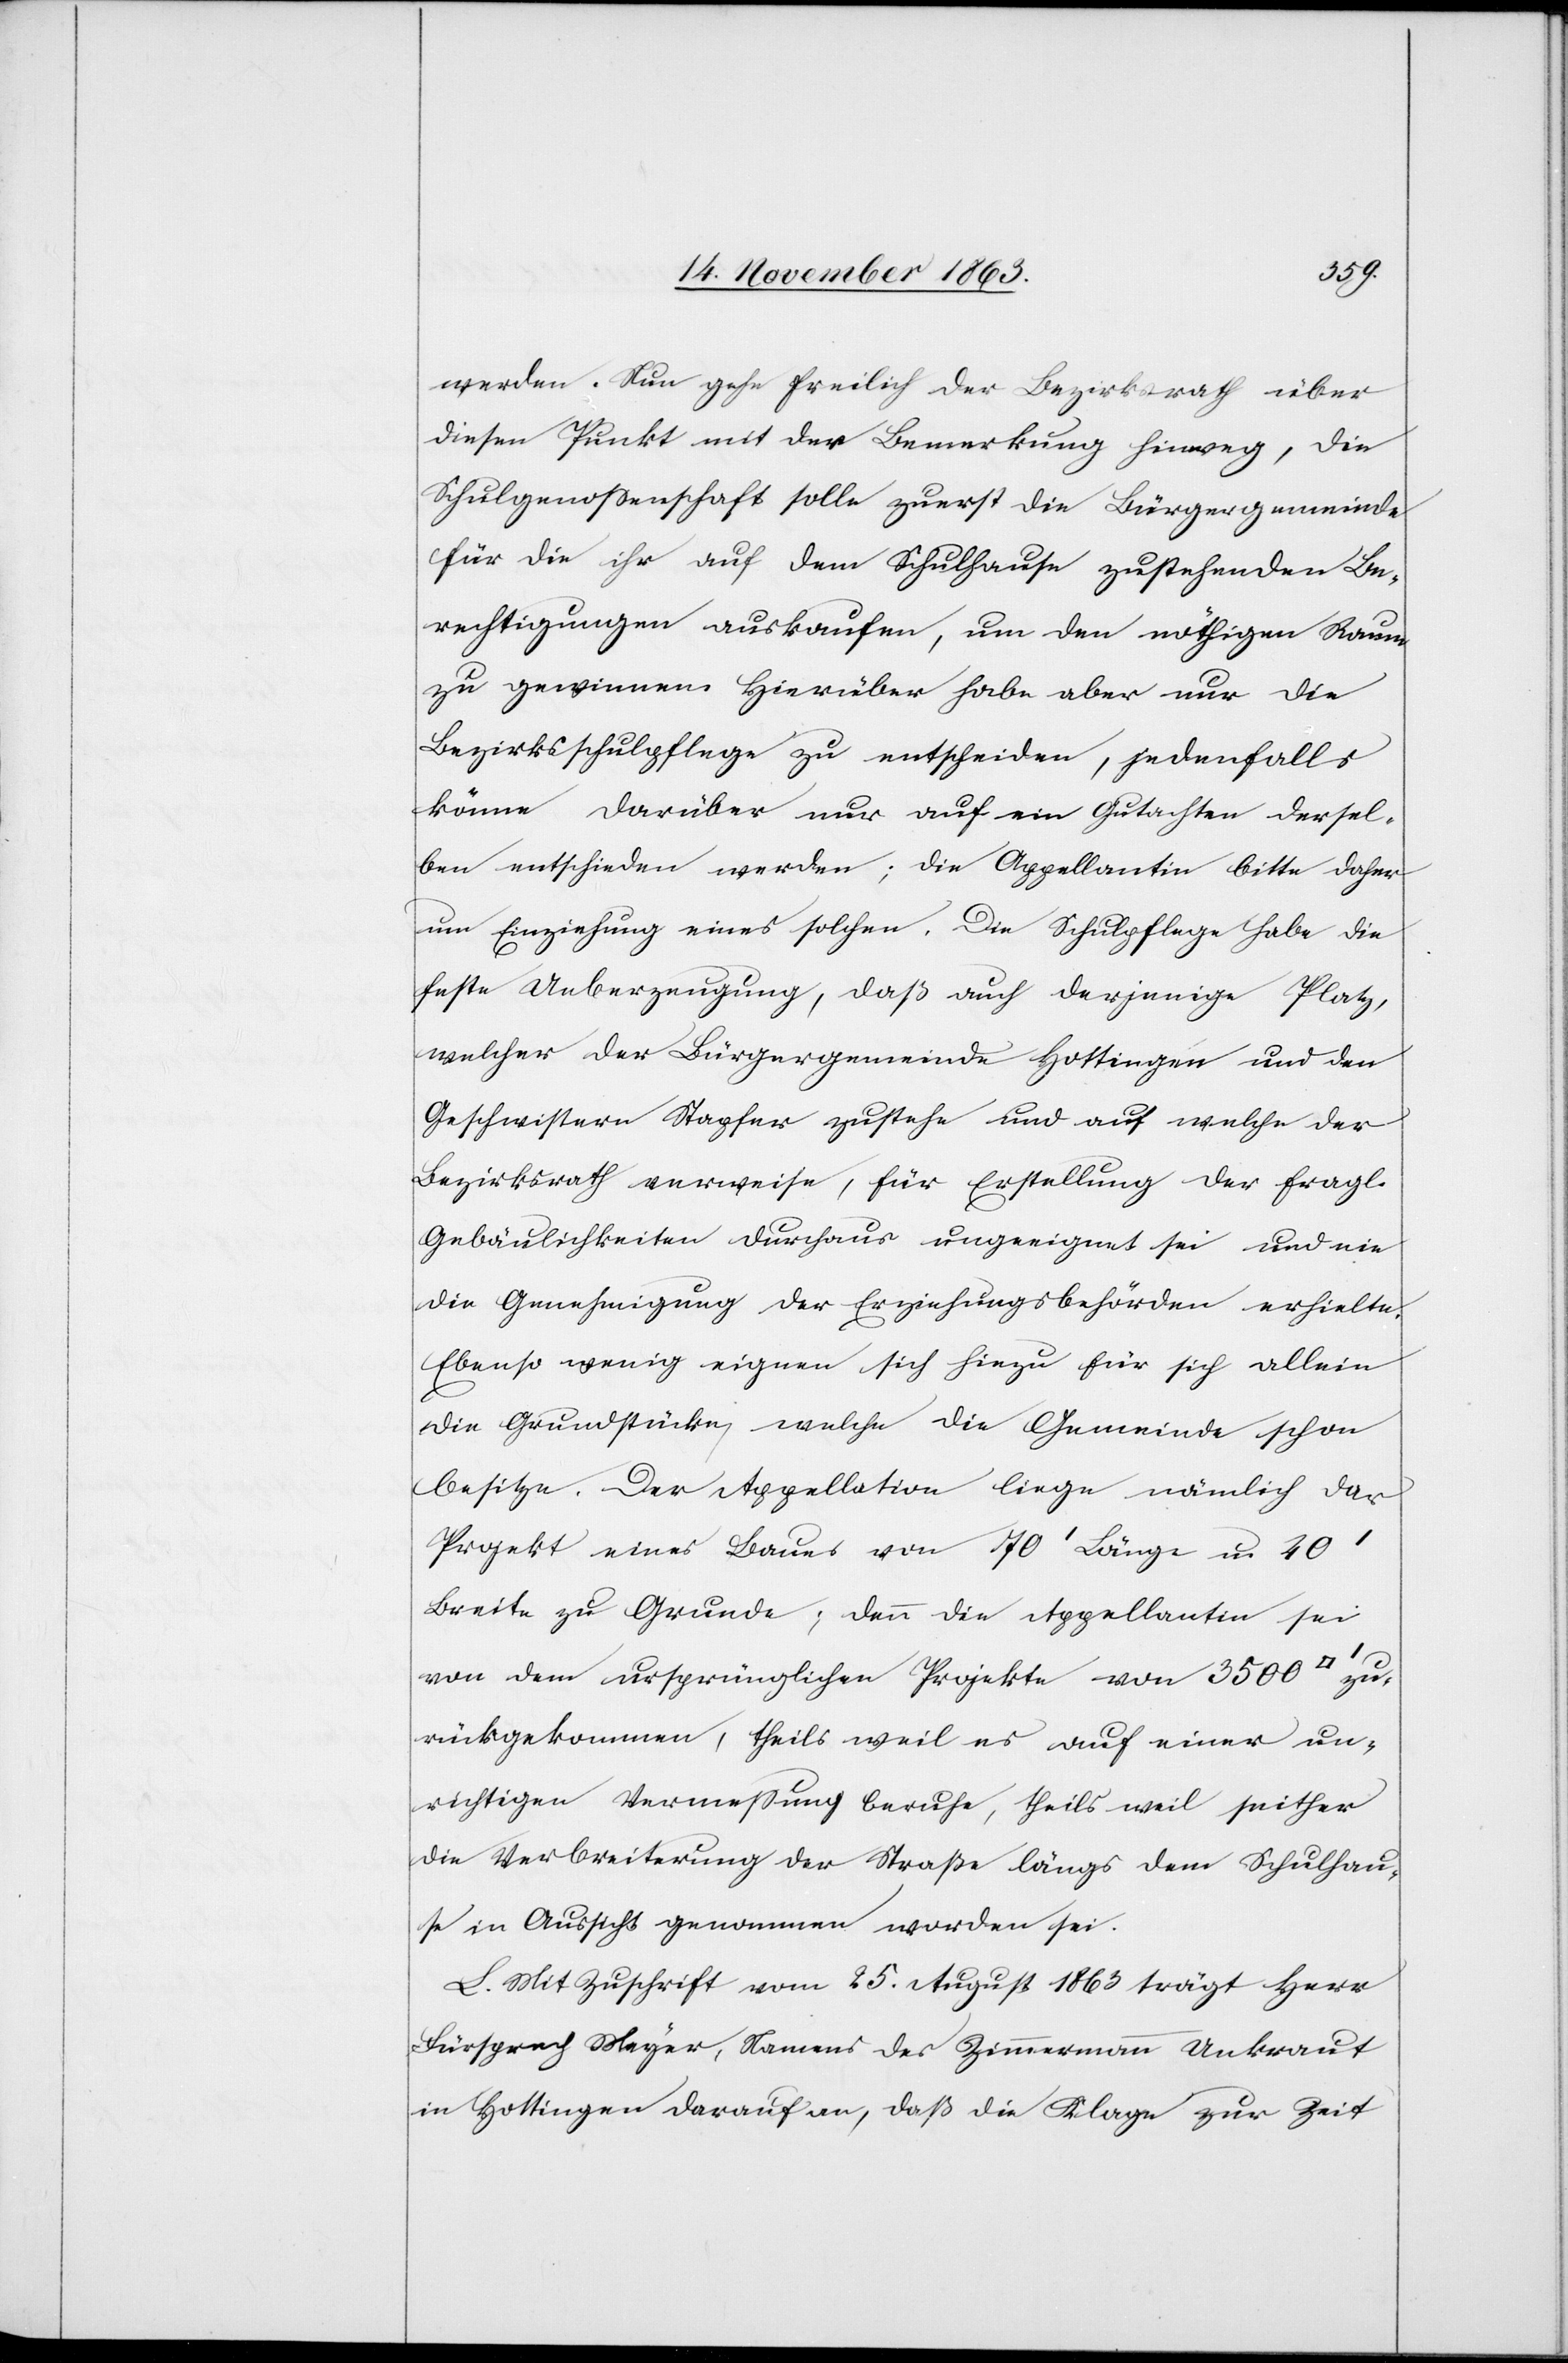
werden. Nun gehe freilich der Bezirksrath über
diesen Punkt mit der Bemerkung hinweg, die
Schulgenossenschaft solle zuerst die Bürgergemeinde
für die ihr auf dem Schulhause zustehenden Be¬
rechtigungen auskaufen, um den nöthigen Raum
zu gewinnen. Hierüber habe aber nur die
Bezirksschulpflege zu entscheiden, jedenfalls
könne darüber nur auf ein Gutachten dersel¬
ben entschieden werden; die Appellantin bitte daher
um Einziehung eines solchen. Die Schulpflege habe die
feste Ueberzeugung, daß auch derjenige Platz,
welcher der Bürgergemeinde Hottingen und den
Geschwistern Stapfer zustehe und auf welche der
Bezirksrath verweise, für Erstellung der fragl.
Gebäulichkeiten durchaus ungeeignet sei und nie
die Genehmigung der Erziehungsbehörden erhielte.
Ebenso wenig eignen sich hiezu für sich allein
die Grundstücke, welche die Gemeinde schon
besitze, der Appellation liege nämlich das
Projekt eines Baues von 70' Länge u. 40'
Breite zu Grunde; denn die Appellantin sei
von dem ursprünglichen Projekte von 3500
zurückgekommen, theils weil es auf einer un¬
richtigen Vermessung beruhe, theils weil seither
die Verbreiterung der Straße längs dem Schulhau¬
se in Aussicht genommen worden sei.
L. Mit Zuschrift vom 25. August 1863 trägt Herr
Fürsprech Meyer, Namens der Zimmermann Unkraut
in Hottingen darauf an, daß die Klage zur Zeit